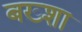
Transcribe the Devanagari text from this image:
बख़्शा